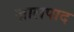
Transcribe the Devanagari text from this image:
ज़ालपाद